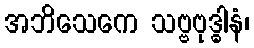
အဘိသေကေ သဗ္ဗဗုဒ္ဓါနံ၊